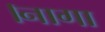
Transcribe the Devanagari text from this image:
।नागा